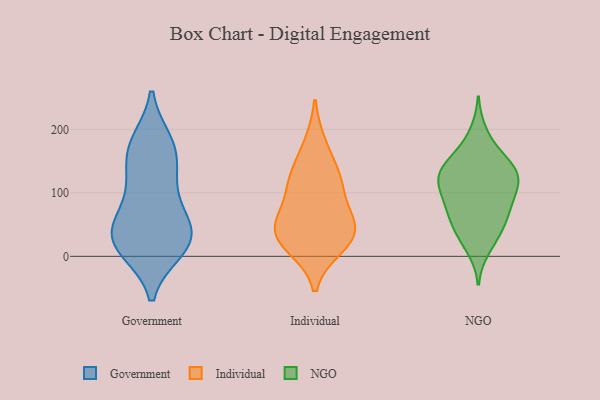
{"axis": {"x": "Revenue (USD Million)", "y": "Value"}, "legend": ["Government", "Individual", "NGO"], "data": [{"x": "", "y": 114, "type": "Government"}, {"x": "", "y": 17, "type": "Government"}, {"x": "", "y": 74, "type": "Government"}, {"x": "", "y": 122, "type": "Government"}, {"x": "", "y": 176, "type": "Government"}, {"x": "", "y": 44, "type": "Government"}, {"x": "", "y": 180, "type": "Government"}, {"x": "", "y": 36, "type": "Government"}, {"x": "", "y": 21, "type": "Government"}, {"x": "", "y": 11, "type": "Government"}, {"x": "", "y": 149, "type": "Government"}, {"x": "", "y": 60, "type": "Government"}, {"x": "", "y": 173, "type": "Government"}, {"x": "", "y": 37, "type": "Government"}, {"x": "", "y": 10, "type": "Government"}, {"x": "", "y": 58, "type": "Individual"}, {"x": "", "y": 123, "type": "Individual"}, {"x": "", "y": 175, "type": "Individual"}, {"x": "", "y": 123, "type": "Individual"}, {"x": "", "y": 16, "type": "Individual"}, {"x": "", "y": 24, "type": "Individual"}, {"x": "", "y": 56, "type": "Individual"}, {"x": "", "y": 34, "type": "Individual"}, {"x": "", "y": 107, "type": "Individual"}, {"x": "", "y": 42, "type": "Individual"}, {"x": "", "y": 131, "type": "NGO"}, {"x": "", "y": 195, "type": "NGO"}, {"x": "", "y": 110, "type": "NGO"}, {"x": "", "y": 56, "type": "NGO"}, {"x": "", "y": 56, "type": "NGO"}, {"x": "", "y": 103, "type": "NGO"}, {"x": "", "y": 115, "type": "NGO"}, {"x": "", "y": 105, "type": "NGO"}, {"x": "", "y": 133, "type": "NGO"}, {"x": "", "y": 144, "type": "NGO"}, {"x": "", "y": 169, "type": "NGO"}, {"x": "", "y": 126, "type": "NGO"}, {"x": "", "y": 149, "type": "NGO"}, {"x": "", "y": 12, "type": "NGO"}, {"x": "", "y": 78, "type": "NGO"}, {"x": "", "y": 35, "type": "NGO"}, {"x": "", "y": 78, "type": "NGO"}, {"x": "", "y": 137, "type": "NGO"}, {"x": "", "y": 72, "type": "NGO"}, {"x": "", "y": 31, "type": "NGO"}]}